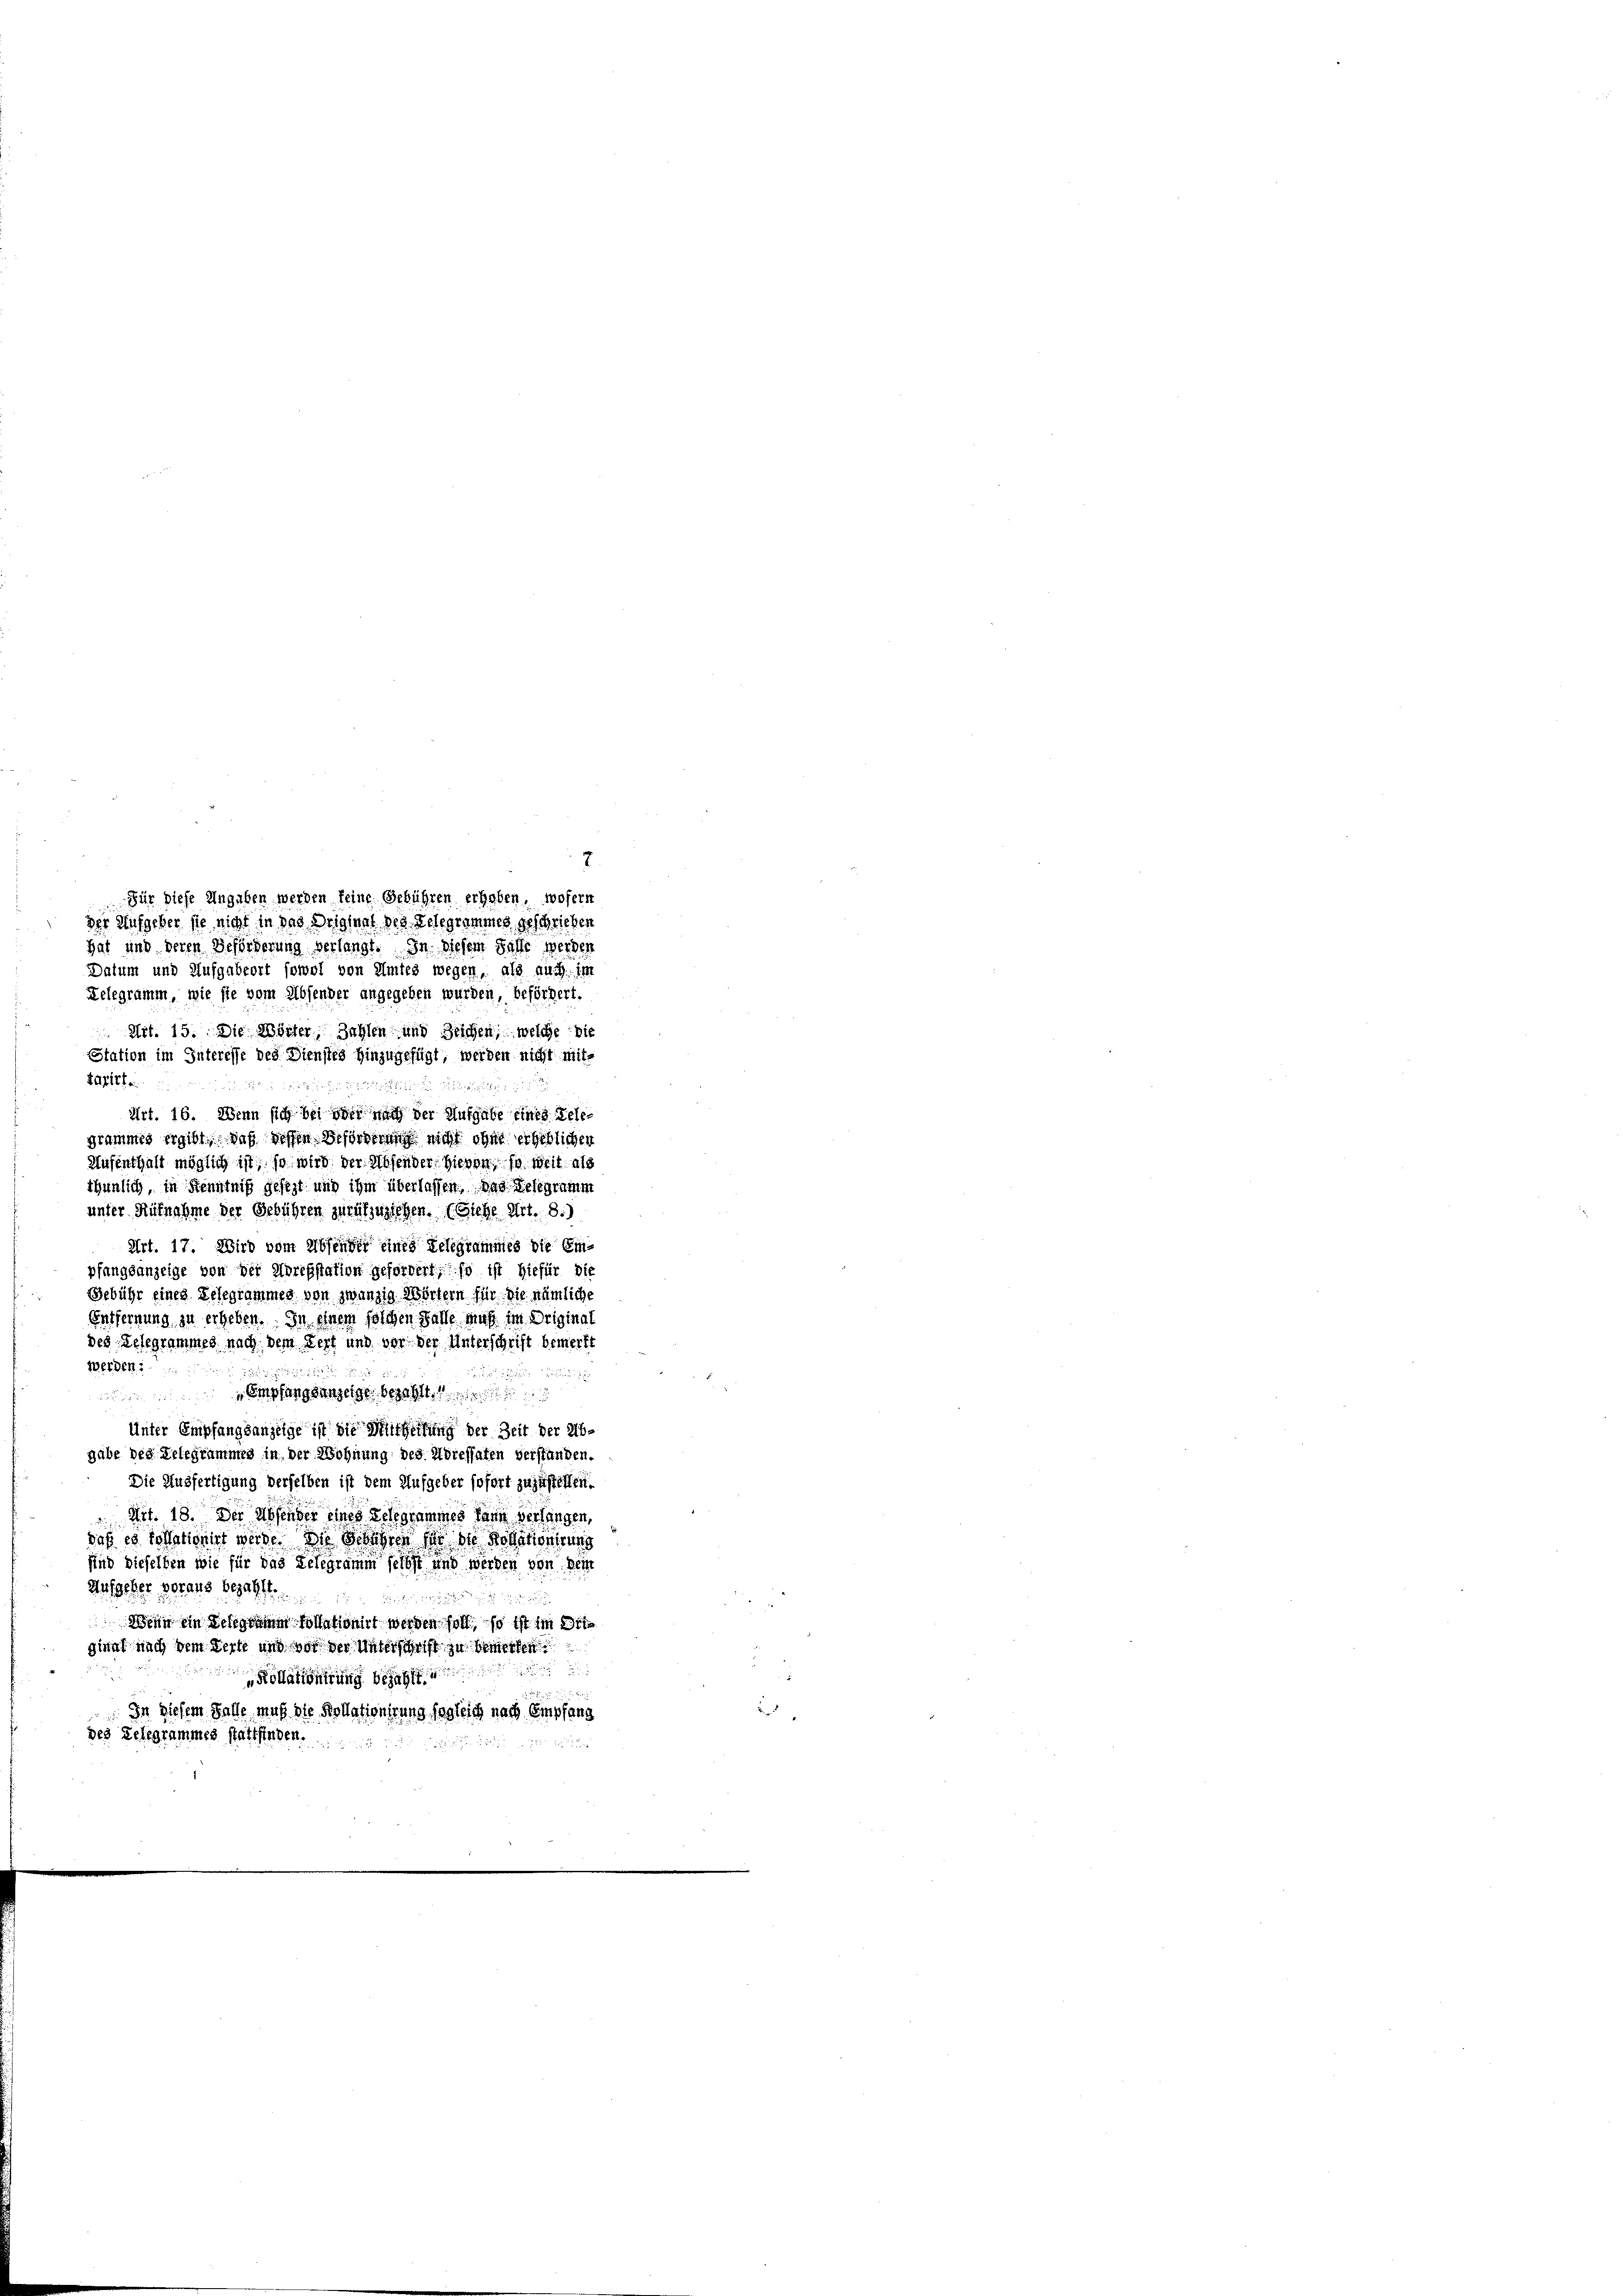
Für diese Angaben werden keine Gebühren erheben, wofern
der Aufgeber sie nicht in das Driginal des Telegrammes geschrieben
hat und deren Beförderung verlangt. In diesem Falle werden
Datum und Aufgabeort sowol von Amtes wegen, als auch in
Relegramm, wie sie vom Absender angegeben wurden, befördert.
 Art. 15. Die Wörter Zahlen und Zeichen, welche die
Station im Interesse des Dienstes hinzugefügt, werden nicht mit-
taxirte.

 137
Art. 16. Wenn sich bei oder nach der Aufgabe eines Telegrammes ergibt. Daß dessen Beförderung nicht ohne erheblichen
Aufenthalt möglich ist, so wird der Absender. Hievon, so weit als
thunlich, in Kenntniß gesezt und ihm überlassen. Das Gelegramm
unter Aufnahme der Gebühren zurükzustehen. (Siehe Art. 8.)
Art. 17. Wird vom Absender eines Telegrammes die Empfangsanzeige von der Horebstation gefordert, so ist hiefür die
Gebühr eines Telegrammes von zwanzig Wörtern für die nämliche
Entfernung zu erheben. In einem solchen Falle muß im Original
des Telegrammes nach dem Lezt und vor der Unterschrift bemerkt
werden:
e
2
 Empfangsanzeige bezahlt.
Unter Empfangsanzeige ist die Mittheilung der Zeit der Ab-
gabe des Telegrammes in der Wohnung des Adressaten verstünden.
Die Ausfertigung derselben ist dem Aufgeber sofort zuzustellen.
 Art. 18. Der Absender eines Telegrammes kann verlangen,
daß es solletinirt werde. Die Belehren sei die Dotationtums
sind dieselben wie für das Telegramm selbst und werden von dein
Aufseher voraus bezahlt.

Wenn ein Delegramm vollationirt werden soll, so ist im 2t
ginnt nach dem Verte und vor der Unterschrift zu bemerken
Kollationirung bezah
In diesem Falle muß die Kollationirung sogleich nach Empfang
des Gelegrammes stattfinden.

7